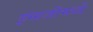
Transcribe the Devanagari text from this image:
इंग्ग्रजीमध्ये